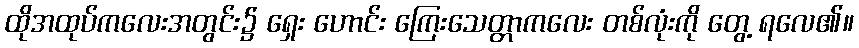
ထိုအထုပ်ကလေးအတွင်း၌ ရှေး ဟောင်း ကြေးသေတ္တာကလေး တစ်လုံးကို တွေ့ ရလေ၏။